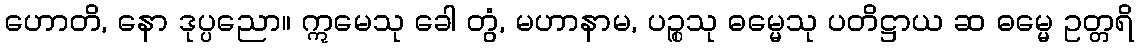
ဟောတိ, နော ဒုပ္ပညော။ ဣမေသု ခေါ တွံ, မဟာနာမ, ပဉ္စသု ဓမ္မေသု ပတိဋ္ဌာယ ဆ ဓမ္မေ ဥတ္တရိ